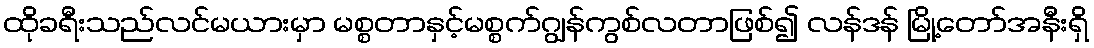
ထိုခရီးသည်လင်မယားမှာ မစ္စတာနှင့်မစ္စက်ဂျွန်ကွစ်လတာဖြစ်၍ လန်ဒန် မြို့တော်အနီးရှိ